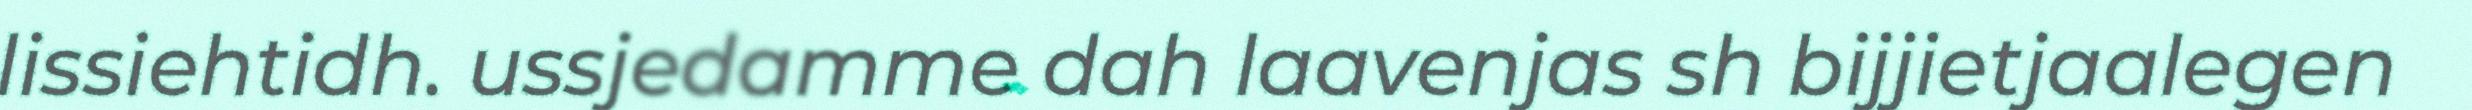
lissiehtidh. ussjedamme dah laavenjas sh bijjietjaalegen